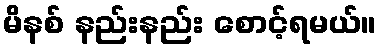
မိနစ် နည်းနည်း စောင့်ရမယ်။